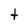
Character: t